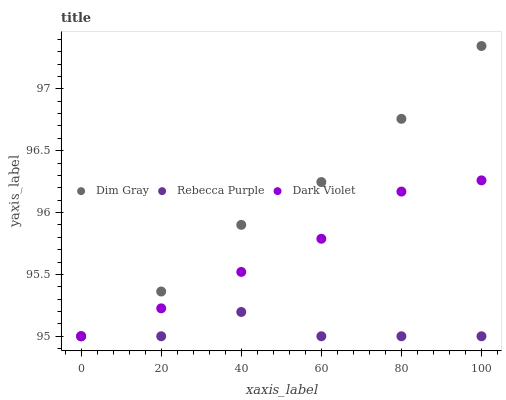
| xaxis_label | Dim Gray | Rebecca Purple | Dark Violet |
 | --- | --- | --- | --- |
 | 0 | 95 | 95 | 95 |
 | 20 | 95.4 | 95 | 95.2 |
 | 40 | 95.9 | 95.2 | 95.5 |
 | 60 | 96.2 | 95 | 95.8 |
 | 80 | 96.8 | 95 | 96.2 |
 | 100 | 97.3 | 95 | 96.3 |